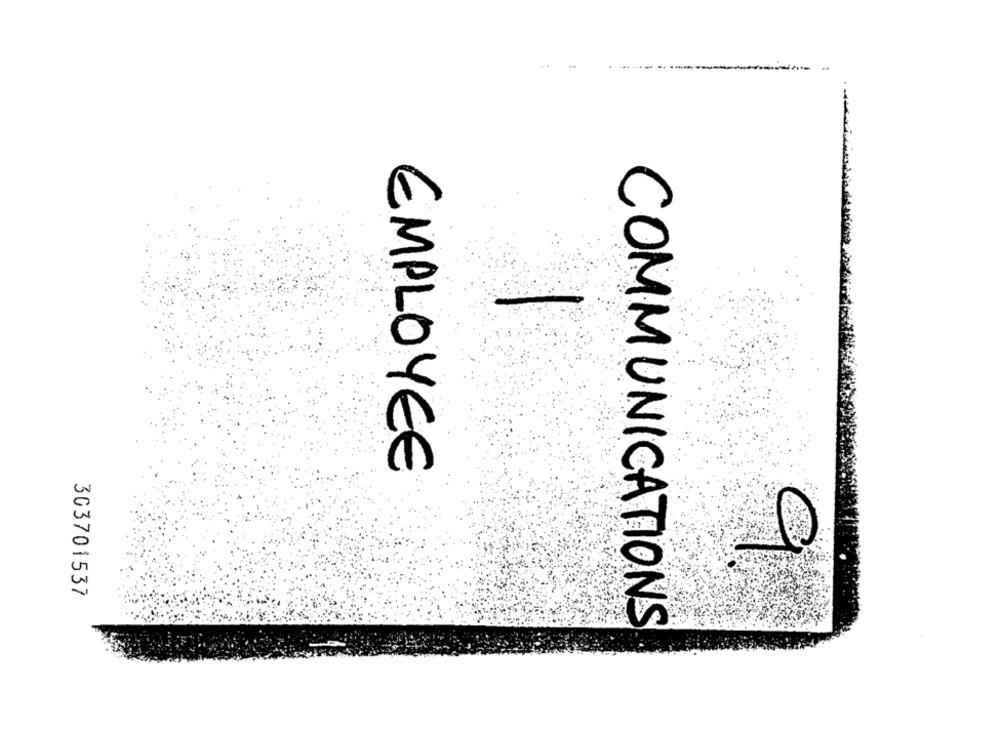
..
EMPLOYEE
303701537
COMMUNICATIONS